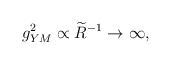
\begin{align*}g_{YM}^2 \propto \widetilde{R}^{-1} \to \infty,\end{align*}